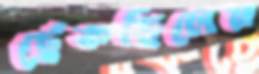
ছেঁকছিলেন